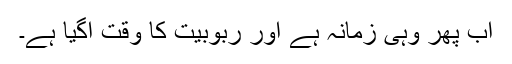
اب پھر وہی زمانہ ہے اور ربوبیت کا وقت آگیا ہے۔